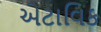
એટાવિક